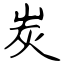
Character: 炭